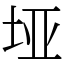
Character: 垭